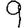
Digit: 9